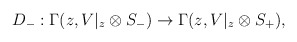
\begin{align*}D_{-} : \Gamma (z, V|_{z} \otimes S_{-})\rightarrow \Gamma (z, V|_{z} \otimes S_{+}),\end{align*}